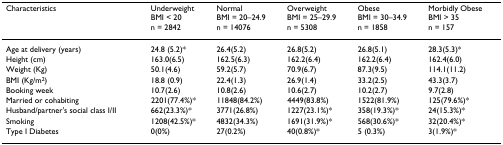
<table><thead><tr><td><b>Characteristics</b></td><td><b>UnderweightBMI &lt; 20n = 2842</b></td><td><b>NormalBMI = 20–24.9n = 14076</b></td><td><b>OverweightBMI = 25–29.9n = 5308</b></td><td><b>ObeseBMI = 30–34.9n = 1858</b></td><td><b>Morbidly ObeseBMI &gt; 35n = 157</b></td></tr></thead><tbody><tr><td>Age at delivery (years)</td><td>24.8 (5.2)*</td><td>26.4(5.2)</td><td>26.8(5.2)</td><td>26.8(5.1)</td><td>28.3(5.3)*</td></tr><tr><td>Height (cm)</td><td>163.0(6.5)</td><td>162.5(6.3)</td><td>162.2(6.4)</td><td>162.2(6.4)</td><td>162.4(6.0)</td></tr><tr><td>Weight (Kg)</td><td>50.1(4.6)</td><td>59.2(5.7)</td><td>70.9(6.7)</td><td>87.3(9.5)</td><td>114.1(11.2)</td></tr><tr><td>BMI (Kg/m<sup>2</sup>)</td><td>18.8 (0.9)</td><td>22.4(1.3)</td><td>26.9(1.4)</td><td>33.2(2.5)</td><td>43.3(3.7)</td></tr><tr><td>Booking week</td><td>10.7(2.6)</td><td>10.8(2.6)</td><td>10.6(2.7)</td><td>10.2(2.7)</td><td>9.7(2.8)</td></tr><tr><td>Married or cohabiting</td><td>2201(77.4%)*</td><td>11848(84.2%)</td><td>4449(83.8%)</td><td>1522(81.9%)</td><td>125(79.6%)*</td></tr><tr><td>Husband/partner&#x27;s social class I/II</td><td>662(23.3%)*</td><td>3771(26.8%)</td><td>1227(23.1%)*</td><td>358(19.3%)*</td><td>24(15.3%)*</td></tr><tr><td>Smoking</td><td>1208(42.5%)*</td><td>4832(34.3%)</td><td>1691(31.9%)*</td><td>568(30.6%)*</td><td>32(20.4%)*</td></tr><tr><td>Type I Diabetes</td><td>0(0%)</td><td>27(0.2%)</td><td>40(0.8%)*</td><td>5 (0.3%)</td><td>3(1.9%)*</td></tr></tbody></table>